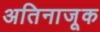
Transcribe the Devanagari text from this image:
अतिनाजूक